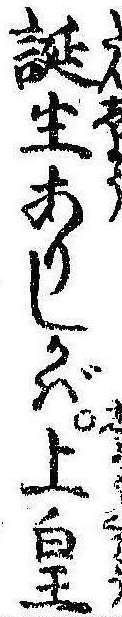
誕生ありしかば上皇